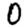
Digit: 0